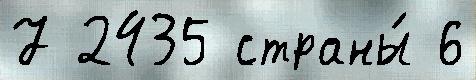
7 2435 страны́ 6